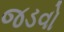
જડવો